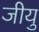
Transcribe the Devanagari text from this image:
जीयु